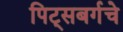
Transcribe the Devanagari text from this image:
पिट्सबर्गचे